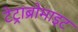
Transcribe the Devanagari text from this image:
टेट्राब्रोमाइट